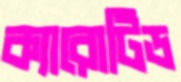
ক্যারোটিড